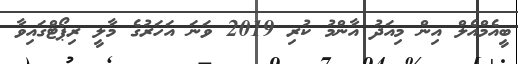
ބީއެމްއެލް އިން މިއަދު އާންމު ކުރި 2019 ވަނަ އަހަރުގެ މާލީ ރިޕޯޓްގައިވާ